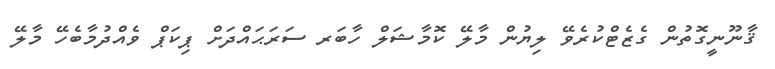
ޤާނޫނީގޮތުން ގެޒެޓްކުރެވޭ ލިޔުން މާލޭ ކޮމާޝަލް ހާބަރ ސަރަޙައްދަށް ޕިކަޕް ވެއްދުމާބެހޭ މާލޭ